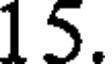
15.